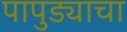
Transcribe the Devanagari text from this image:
पापुड्याचा